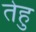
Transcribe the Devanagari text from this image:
तेहु